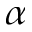
\alpha